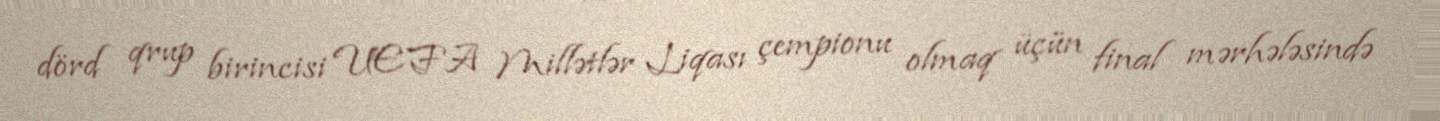
dörd qrup birincisi UEFA Millətlər Liqası çempionu olmaq üçün final mərhələsində